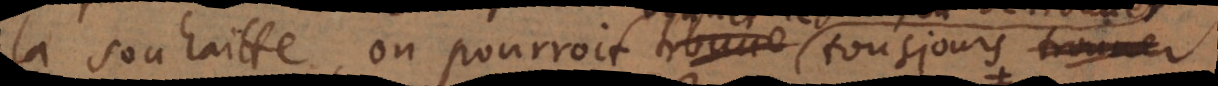
la souhaitte, on pourroit tousjours trouver